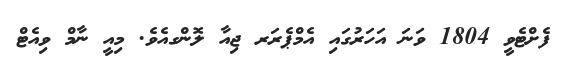
ފެށްޓެވީ 1804 ވަނަ އަހަރުގައި އެމްޕެރަރ ޖިއާ ލޮންގއެވެ. މިއީ ނާމް ވިއެޓް